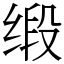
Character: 缎